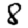
Digit: 8